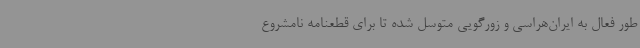
طور فعال به ایران‌هراسی و زورگویی متوسل شده تا برای قطعنامه نامشروع